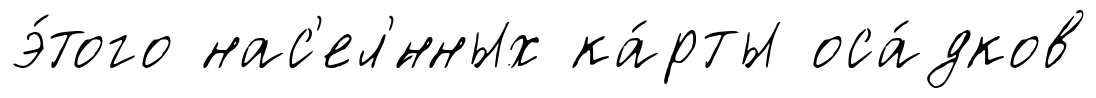
э́того нас'ел'́нных ка́рты оса́дков